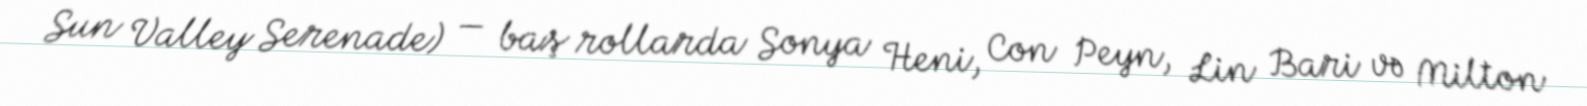
Sun Valley Serenade) — baş rollarda Sonya Heni, Con Peyn, Lin Bari və Milton